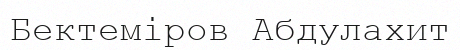
Бектеміров Абдулахит